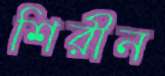
শিরীন